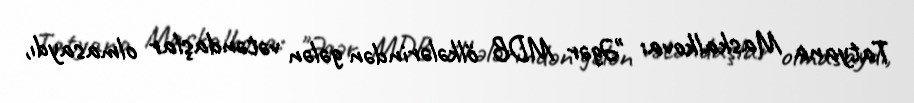
Tatyana Maskalkova: "Əgər MDB ölkələrindən gələn vətəndaşlar olmasaydı,